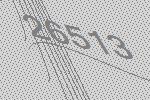
26513